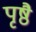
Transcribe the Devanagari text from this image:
पृष्ठै